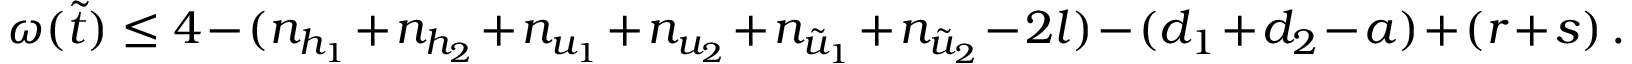
\omega ( \tilde { t } ) \le 4 - ( n _ { h _ { 1 } } + n _ { h _ { 2 } } + n _ { u _ { 1 } } + n _ { u _ { 2 } } + n _ { \tilde { u } _ { 1 } } + n _ { \tilde { u } _ { 2 } } - 2 l ) - ( d _ { 1 } + d _ { 2 } - a ) + ( r + s ) \, .